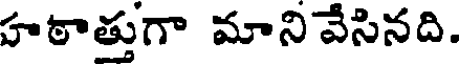
హఠాత్తుగా మానివేసినది.